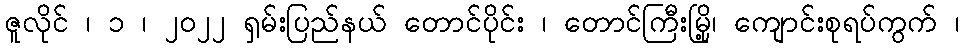
ဇူလိုင် ၊ ၁ ၊ ၂၀၂၂ ရှမ်းပြည်နယ် တောင်ပိုင်း ၊ တောင်ကြီးမြို့၊ ကျောင်းစုရပ်ကွက် ၊